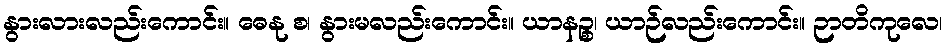
နွားလားလည်းကောင်း။ ဓေနု စ၊ နွားမလည်းကောင်း။ ယာနဉ္စ၊ ယာဉ်လည်းကောင်း။ ဉာတိကုလေ၊